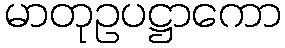
မာတုဥပဋ္ဌာကော